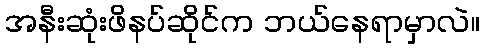
အနီးဆုံးဖိနပ်ဆိုင်က ဘယ်နေရာမှာလဲ။